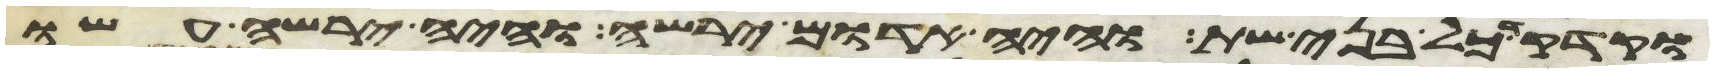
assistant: וקדקד כל בני שת והיה אדום ירשה והיה ירשה עשו